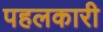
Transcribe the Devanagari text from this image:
पहलकारी